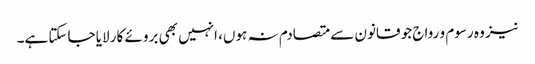
نیز وہ رسوم و رواج جو قانون سے متصادم نہ ہوں، انہیں بھی بروئے کار لایا جاسکتا ہے۔